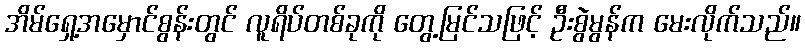
အိမ်ရှေ့အမှောင်စွန်းတွင် လူရိပ်တစ်ခုကို တွေ့မြင်သဖြင့် ဦးစွဲမွန်က မေးလိုက်သည်။